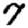
Digit: 7